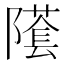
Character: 𨼲